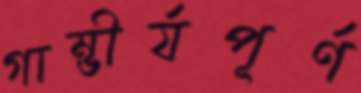
গাম্ভীর্যপূর্ণ